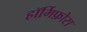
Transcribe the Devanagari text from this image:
हॉर्मिफ़ोरा